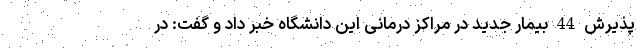
پذیرش 44 بیمار جدید در مراکز درمانی این دانشگاه خبر داد و گفت: در